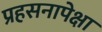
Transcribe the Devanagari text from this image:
प्रहसनापेक्षा